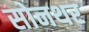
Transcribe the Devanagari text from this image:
सोनथर